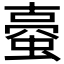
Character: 𧍾